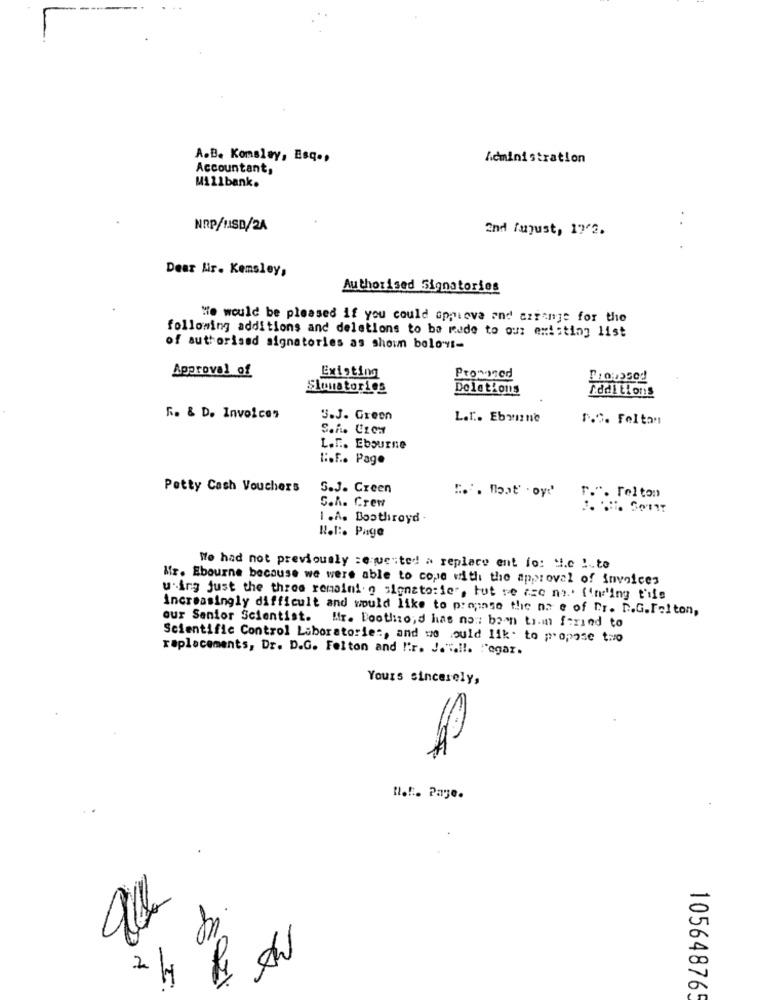
A.B. Komsley, Esq .,
Administration
Accountant,
Willbank.
NRP/USD/2A
End faust, 17'2.
..
Dear Wir. Kemsley,
Authorised Signatories
We would be pleased if you could oppiova and azienje for the
following additions and deletions to be made to our existing list
of authorised signatories as shown belowt-
Existing
Approval of
Proposed
Simustories
Deletions
Addi tions
R. & D. Invoices
3.J. Green
L.r. Ebourne
P.O. Feltan
S.A. CzCH
L.F .. Ebourne
" :. F .. Page
Petty Cash Vouchers
S.J. Creen
" .. that' . oyd'
r.". Felton
S.A. Crew
1 .A. Boothroyd
Not :. Page
We had not previously :equeited! a replace ent fo: H.c !. to
Mfr. Ebourne because we were able to cope with the approval of invoices
u.ing just the three remaini. o signsto:ie", tut re ase no. i'mling t'ile
Increasingly difficult and would like to propose the na e of Dr. D.G.Felton,
our Senior Scientist. Mr. Doothroid has now been them fried to
Scientific Control Laboratorie :, and we would like to propose two
replacements, Dr. D.G. Felton and "'r. J."tall. ""ogaz.
Yours sincerely,
H.f. Page.
8031
10564876